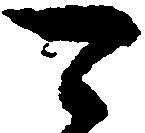
可